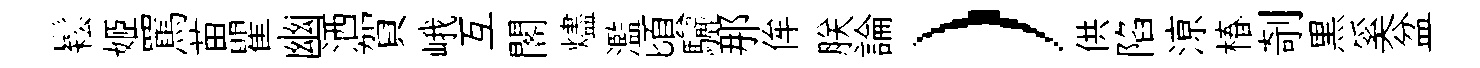
鬆姬罵苗瞿幽洒賀峨互閣燼濫頃驪那侔朕論）供陷鿌椿剞黒奚盆